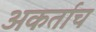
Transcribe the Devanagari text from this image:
अकर्ताच